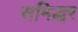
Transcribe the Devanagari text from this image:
समिद्धर